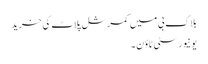
بلاک بی میں کمرشل پلاٹ کی خرید
یونیورسٹی ٹاؤن ۔